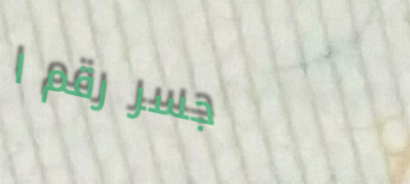
جسر رقم ١